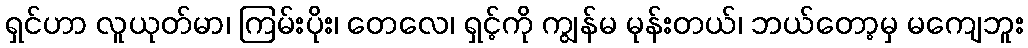
ရှင်ဟာ လူယုတ်မာ၊ ကြမ်းပိုး၊ တေလေ၊ ရှင့်ကို ကျွန်မ မုန်းတယ်၊ ဘယ်တော့မှ မကျေဘူး